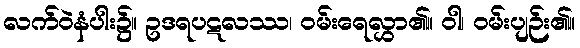
လက်ဝဲနံပါး၌။ ဥဒရပဋလဿ၊ ဝမ်းရေလွှာ၏။ ဝါ၊ ဝမ်းပျဉ်း၏။